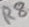
Text: R8